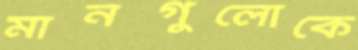
মানগুলোকে